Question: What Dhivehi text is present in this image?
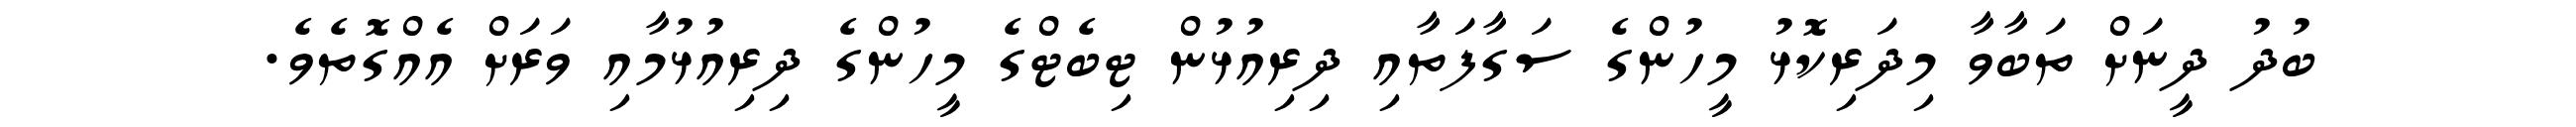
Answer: ބުދު ދީނަށް ތަބާވާ މިދަރިކޮޅު މީހުންގެ ސަގާފަތާއި ދިރިއުޅުން ޓިބެޓްގެ މީހުންގެ ދިރިއުޅުމާއި ވަރަށް އެއްގޮތެވެ.